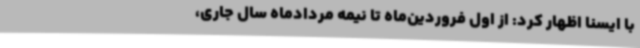
با ایسنا اظهار کرد: از اول فروردین‌ماه تا نیمه‌ مردادماه سال جاری،